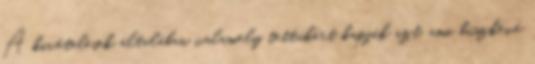
A kivételesek általában valamely tettükért kapják azt, ami büszkévé